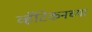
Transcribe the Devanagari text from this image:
व्हॅटिकनच्या